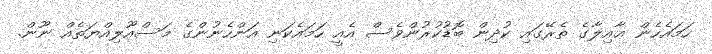
ހަމައެހެން ޢާއިލާގެ ތެރޭގައި ކުދިން ބޮޑުކުރުންވެސް އެއީ ހަމައެކަނި އަންހެނުންގެ މަސްއޫލިއްޔަތެއް ނޫން.